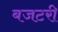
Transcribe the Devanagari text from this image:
बजटरी